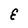
Character: E